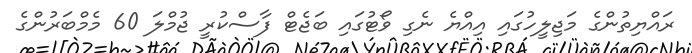
ރައްޔިތުންގެ މަޖިލީހުގައި އިއްޔެ ނެގި ވޯޓުގައި ބަޖެޓް ފާސްކުރީ ޖުމްލަ 60 މެމްބަރުންގެ